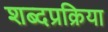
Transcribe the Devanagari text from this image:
शब्दप्रक्रिया